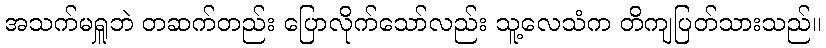
အသက်မရှူဘဲ တဆက်တည်း ပြောလိုက်သော်လည်း သူ့လေသံက တိကျပြတ်သားသည်။